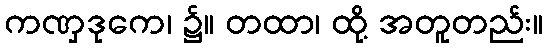
ကဏှဒုကေ၊ ၌။ တထာ၊ ထို့ အတူတည်း။